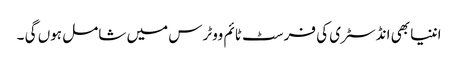
اننیا بھی انڈسٹری کی فرسٹ ٹائم ووٹرس میں شامل ہوں گی ۔